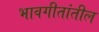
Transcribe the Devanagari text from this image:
भावगीतांतील